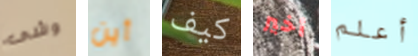
وشى أين كيف أخير أعلم